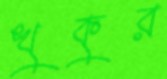
খুকুর